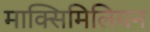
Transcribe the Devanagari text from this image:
माक्सिमिलियन